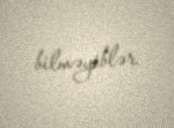
bilməyiblər.